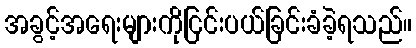
အခွင့်အရေးများကိုငြင်းပယ်ခြင်းခံခဲ့ရသည်။